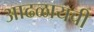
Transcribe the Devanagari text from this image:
आढळायची